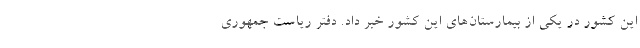
این کشور در یکی از بیمارستان‌های این کشور خبر داد. دفتر ریاست جمهوری